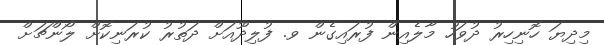
މިދިޔަ ހޮނިހިރު ދުވަހު މާލެއިން ފުރައިގެން ވ. ފުލިދޫއަށް ދަތުރު ކުރަނިކޮށް ލޯންޗަށް